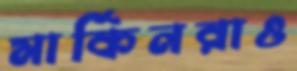
মার্কিনরাও